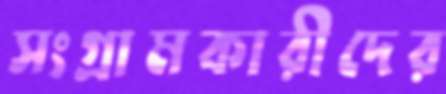
সংগ্রামকারীদের